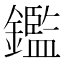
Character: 鑑